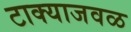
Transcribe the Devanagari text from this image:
टाक्याजवळ